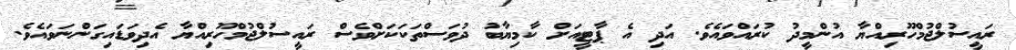
ރައީސުލްޖުމްހޫރިއްޔާ އުންމީދު ކުރައްވައެވެ. އަދި އެ ޕާޓީއަށް ކާމިޔާބު ދުވަސްތަކަކަށްވެސް ރައީސުލްޖުމްހޫރިއްޔާ އެދިވަޑައިގަންނަވައެވެ.